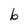
Character: b